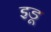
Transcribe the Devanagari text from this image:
इडू